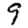
Digit: 9